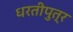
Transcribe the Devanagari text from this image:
धरतीपुत्र